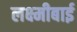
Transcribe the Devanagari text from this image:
लक्ष्‍मीबाई